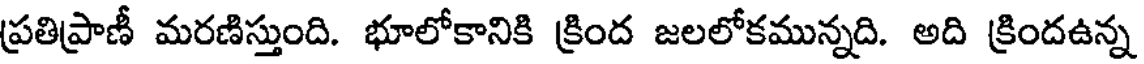
ప్రతిప్రాణీ మరణిస్తుంది. భూలోకానికి క్రింద జలలోకమున్నది. అది క్రిందఉన్న